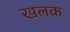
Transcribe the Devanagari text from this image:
खलक